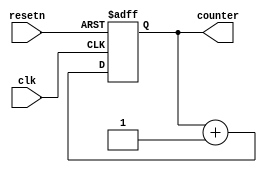
module hardware_counter (
	input clk, resetn,
	output reg [31:0] counter
);
	always @(posedge clk or negedge resetn) begin
		if(resetn == 0) begin
			counter <= 32'd0;
		end else begin
			counter <= counter + 1;
		end
	end
endmodule